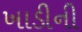
ખાડીની